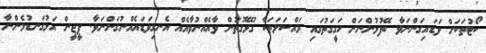
ކޯޓުތަކަށް ވަޑައިގަންނަވާ ބޭފުޅުންނަށް ހަގީގަތުގައި މައްސަލަތަކާ ގުޅޭގޮތުން ވާއެއްނުވާއެއް އެނގިވަޑައެއްނުގަންނަވާ. ޕީޖީން އަޅުގަނޑުމެންނާ